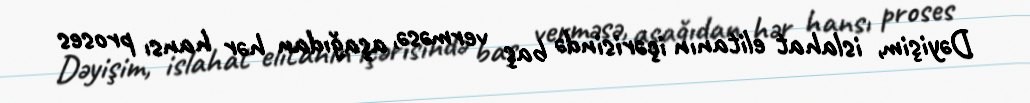
Dəyişim, islahat elitanın içərisində baş verməsə, aşağıdan hər hansı proses